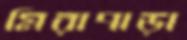
মিরাপাড়া